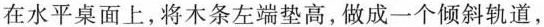
在水平桌面上，将木条左端垫高，做成一个倾斜轨道，